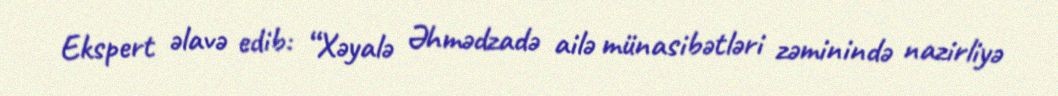
Ekspert əlavə edib: “Xəyalə Əhmədzadə ailə münasibətləri zəminində nazirliyə